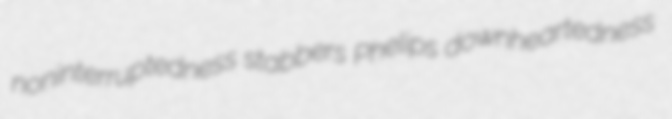
noninterruptedness stabbers Phelips downheartedness